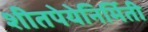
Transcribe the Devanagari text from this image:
शीतपेयेनिर्मिती